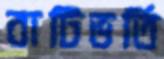
বাটিভর্তি